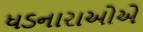
ધડનારાઓએ